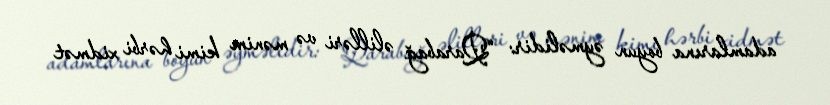
adamlarına boyun əyməlidir: “Qarabağ əlilləri və mənim kimi hərbi xidmət